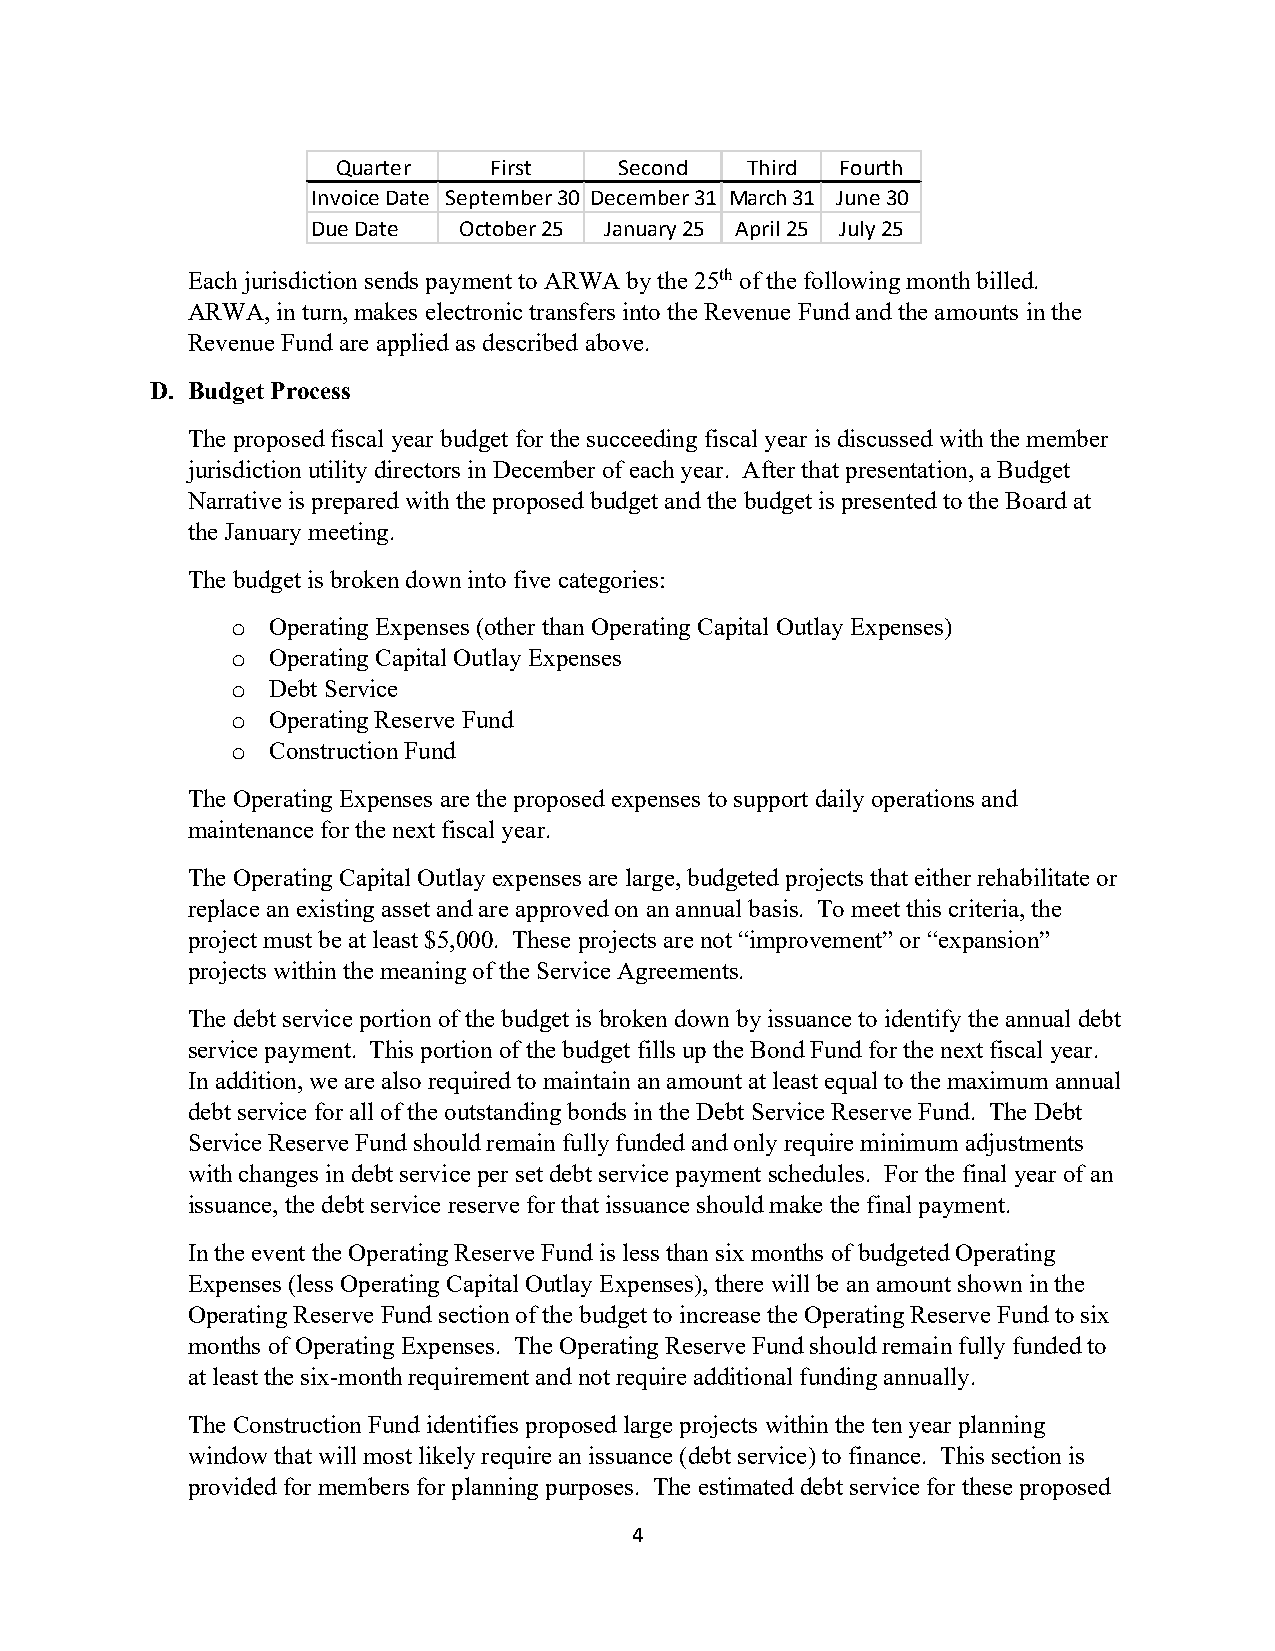
Quarter   First    Second  Third  Fourth
 Invoice Date September 30 December 31 March 31 June 30
 Due Date October 25 January 25 April 25 July 25
 Each jurisdiction sends payment to ARWA by the 25th of the following month billed.
 ARWA, in turn, makes electronic transfers into the Revenue Fund and the amounts in the
 Revenue Fund are applied as described above.
 D. Budget Process
 The proposed fiscal year budget for the succeeding fiscal year is discussed with the member
 jurisdiction utility directors in December of each year. After that presentation, a Budget
 Narrative is prepared with the proposed budget and the budget is presented to the Board at
 the January meeting.
 The budget is broken down into five categories:
 Operating Expenses (other than Operating Capital Outlay Expenses)
 o
 Operating Capital Outlay Expenses
 o
 Debt Service
 o
 Operating Reserve Fund
 o
 Construction Fund
 o
 The Operating Expenses are the proposed expenses to support daily operations and
 maintenance for the next fiscal year.
 The Operating Capital Outlay expenses are large, budgeted projects that either rehabilitate or
 replace an existing asset and are approved on an annual basis. To meet this criteria, the
 project must be at least $5,000. These projects are not “improvement” or “expansion”
 projects within the meaning of the Service Agreements.
 The debt service portion of the budget is broken down by issuance to identify the annual debt
 service payment. This portion of the budget fills up the Bond Fund for the next fiscal year.
 In addition, we are also required to maintain an amount at least equal to the maximum annual
 debt service for all of the outstanding bonds in the Debt Service Reserve Fund. The Debt
 Service Reserve Fund should remain fully funded and only require minimum adjustments
 with changes in debt service per set debt service payment schedules. For the final year of an
 issuance, the debt service reserve for that issuance should make the final payment.
 In the event the Operating Reserve Fund is less than six months of budgeted Operating
 Expenses (less Operating Capital Outlay Expenses), there will be an amount shown in the
 Operating Reserve Fund section of the budget to increase the Operating Reserve Fund to six
 months of Operating Expenses. The Operating Reserve Fund should remain fully funded to
 at least the six-month requirement and not require additional funding annually.
 The Construction Fund identifies proposed large projects within the ten year planning
 window that will most likely require an issuance (debt service) to finance. This section is
 provided for members for planning purposes. The estimated debt service for these proposed
 4